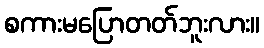
စကားမပြောတတ်ဘူးလား။